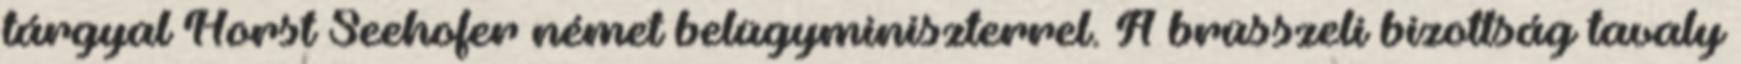
tárgyal Horst Seehofer német belügyminiszterrel. A brüsszeli bizottság tavaly